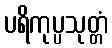
ပရိကုပ္ပသုတ္တံ